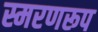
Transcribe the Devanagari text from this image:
स्मरणरूप